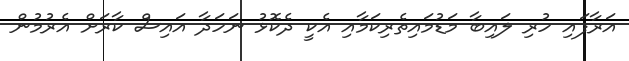
އަރާފައި ހުރި ލައިބާ މަޑުމައިތެރިކަމާއި އެކީ ދެކޮޅު ނަހަދާ އައިސް ކާރަށް އެރުމުން